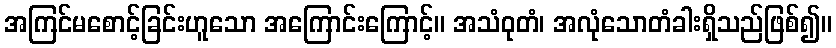
အကြင်မစောင့်ခြင်းဟူသော အကြောင်းကြောင့်။ အသံဝုတံ၊ အလုံသောတံခါးရှိသည်ဖြစ်၍။